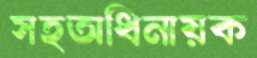
সহঅধিনায়ক